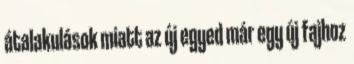
átalakulások miatt az új egyed már egy új fajhoz